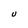
Character: U